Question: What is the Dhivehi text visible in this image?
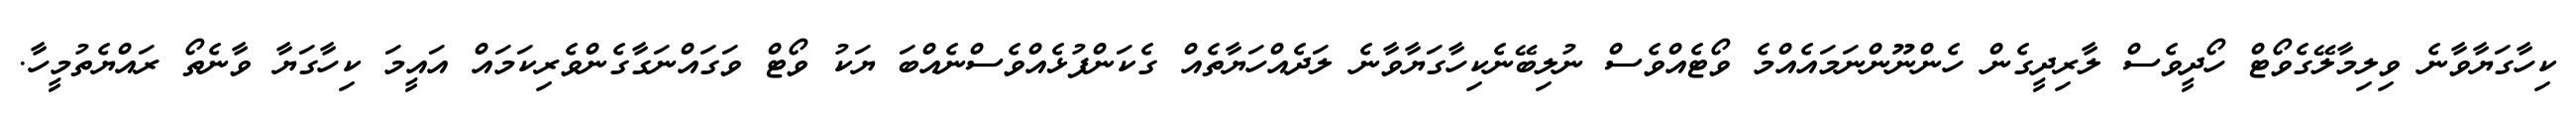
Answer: ކިހާގަޔާވާނެ ވިލިމާލޭގެވޯޓް ހޯދީވެސް ލާރިދީގެން ހެންނޫންނަމައެއްމެ ވޯޓެއްވެސް ނުލިބޭނެކިހާގަޔާވާނެ ލަދެއްހަޔާތެއް ގެކަންފުޅެއްވެސްނެއްބަ ޔަކު ވޯޓް ވަގައްނަގާގެންވެރިކަމައް އައީމަ ކިހާގަޔާ ވާނެތޯ ރައްޔެތުމީހާ.